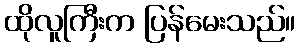
ထိုလူကြီးက ပြန်မေးသည်။